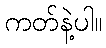
ကတ်နဲ့ပါ။